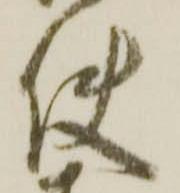
使